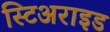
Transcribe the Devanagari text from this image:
स्टिअराइड